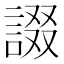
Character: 諁